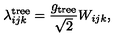
\lambda _ { i j k } ^ { \mathrm { t r e e } } = \frac { g _ { \mathrm { t r e e } } } { \sqrt { 2 } } W _ { i j k } ,